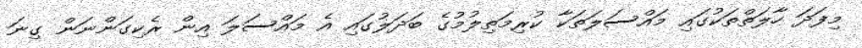
މިފަދަ ހާލަތްތަކުގައި މައްސަލަތަކާ ކުރިމަތިލުމުގެ ބަދަލުގައި އެ މައްސަލަ އިން ރެކިގަންނަން ގިނަ